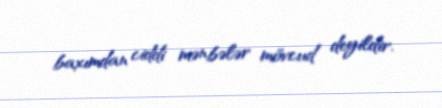
baxımdan ciddi mənbələr mövcud deyildir.